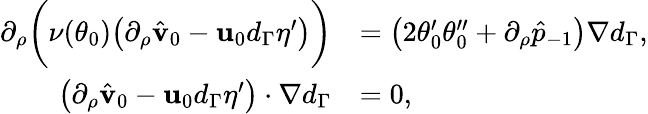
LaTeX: \begin{array}{rl}{\partial_{\rho}\bigg(\nu(\theta_{0})\big(\partial_{\rho}\hat{\mathbf{v}}_{0}-\mathbf{u}_{0}d_{\Gamma}\eta^{\prime}\big)\bigg)}&{=\big(2\theta_{0}^{\prime}\theta_{0}^{\prime\prime}+\partial_{\rho}\hat{p}_{-1}\big)\nabla d_{\Gamma},}\\ {\big(\partial_{\rho}\hat{\mathbf{v}}_{0}-\mathbf{u}_{0}d_{\Gamma}\eta^{\prime}\big)\cdot\nabla d_{\Gamma}}&{=0,}\end{array}